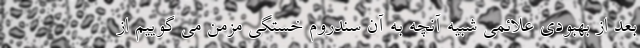
بعد از بهبودی علائمی شبیه آنچه به آن سندروم خستگی مزمن می گوییم از